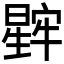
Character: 𬁖